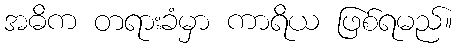
အဓိက တရားခံမှာ ကာရိယ ဖြစ်ရမည်။